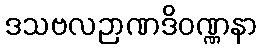
ဒသဗလဉာဏဒိဝဏ္ဏနာ